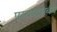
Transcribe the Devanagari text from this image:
परराष्ट्रसंबंध